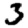
Digit: 3